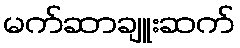
မက်ဆာချူးဆက်